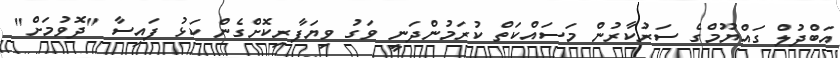
އަބްދުލް ގައްޔޫމްގެ ސަރުކާރުން މަސައްކަތް ކުރަމުންދަނީ ވަގު ވިޔަފާރިކޮށްގެން ކަޅު ފައިސާ "ދޮވުމަށް"